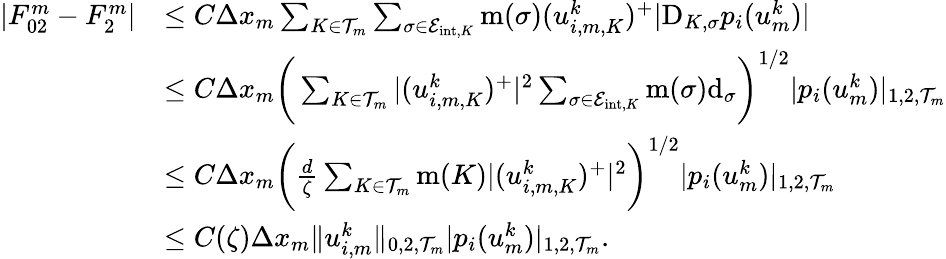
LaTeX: \begin{array}{rl}{|F_{02}^{m}-F_{2}^{m}|}&{\le C\Delta x_{m}\sum_{K\in{\mathcal T}_{m}}\sum_{\sigma\in{\mathcal E}_{\mathrm{int},K}}\operatorname{m}(\sigma)(u_{i,m,K}^{k})^{+}|\mathrm{D}_{K,\sigma}p_{i}(u_{m}^{k})|}\\ &{\le C\Delta x_{m}\bigg(\sum_{K\in{\mathcal T}_{m}}|(u_{i,m,K}^{k})^{+}|^{2}\sum_{\sigma\in{\mathcal E}_{\mathrm{int},K}}\operatorname{m}(\sigma){\operatorname{d}}_{\sigma}\bigg)^{1/2}|p_{i}(u_{m}^{k})|_{1,2,{\mathcal T}_{m}}}\\ &{\le C\Delta x_{m}\bigg(\frac{d}{\zeta}\sum_{K\in{\mathcal T}_{m}}\operatorname{m}(K)|(u_{i,m,K}^{k})^{+}|^{2}\bigg)^{1/2}|p_{i}(u_{m}^{k})|_{1,2,{\mathcal T}_{m}}}\\ &{\le C(\zeta)\Delta x_{m}\| u_{i,m}^{k}\| _{0,2,{\mathcal T}_{m}}|p_{i}(u_{m}^{k})|_{1,2,{\mathcal T}_{m}}.}\end{array}